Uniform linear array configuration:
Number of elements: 64
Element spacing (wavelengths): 0.75
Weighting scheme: exponential
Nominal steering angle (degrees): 60
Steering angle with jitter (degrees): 60.882
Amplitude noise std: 0.05
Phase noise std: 0.05

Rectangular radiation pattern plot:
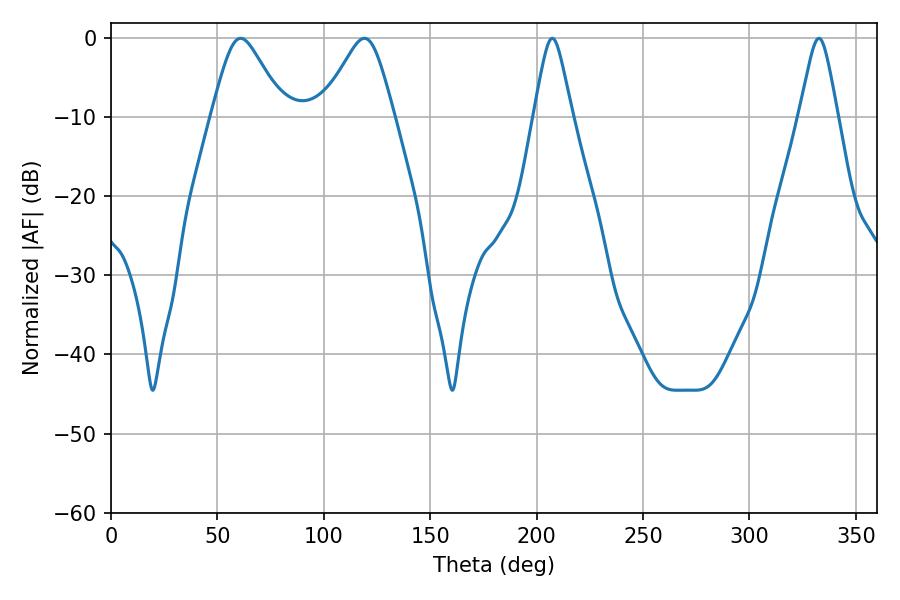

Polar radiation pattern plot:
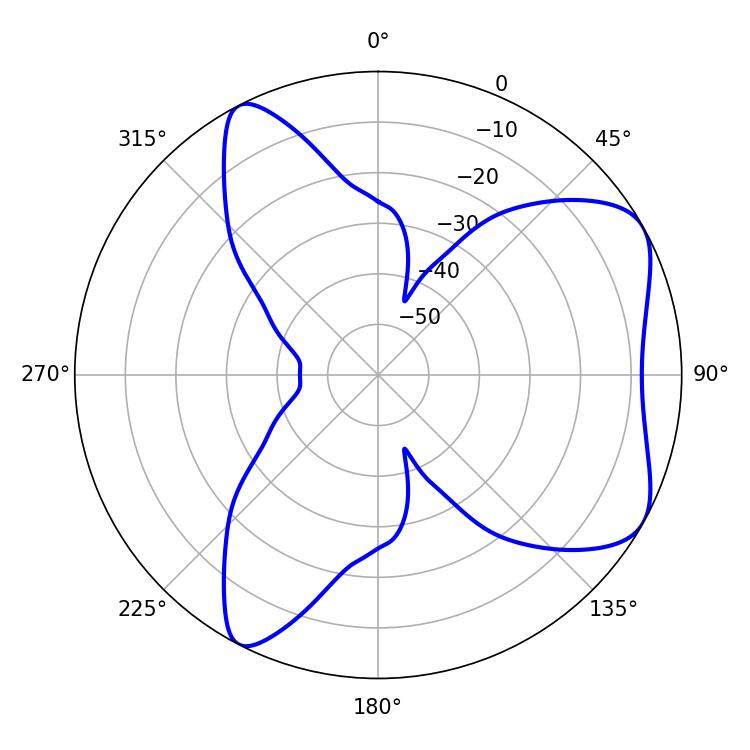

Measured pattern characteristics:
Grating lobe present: TRUE
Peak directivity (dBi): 6.327
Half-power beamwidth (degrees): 8.46
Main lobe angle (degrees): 207.36